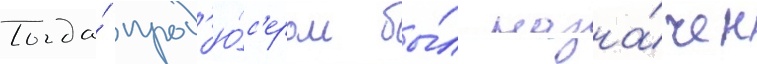
Тогда́ прод'ю́с'ером бы́л назна́чен